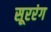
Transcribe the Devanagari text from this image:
सूररंग